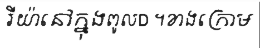
រីយ៉ានៅក្នុងពូលD ។ខាងក្រោម